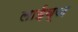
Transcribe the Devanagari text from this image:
लाईव्ज